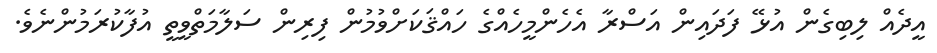
އީދެއް ލިބިގެން އުޅޭ ފަދައިން އަސްރާ އެހެންމީހެއްގެ ހައްޤަކަށްވުމުން ފިރިން ސަލާމަތްވީތީ އުފާކުރަމުންނެވެ.